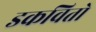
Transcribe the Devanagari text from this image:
डकवितो